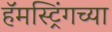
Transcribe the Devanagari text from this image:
हॅमस्ट्रिंगच्या